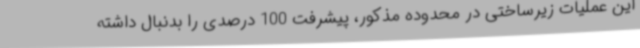
این عملیات زیرساختی در محدوده مذکور، پیشرفت 100 درصدی را بدنبال داشته